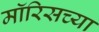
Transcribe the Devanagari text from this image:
मॉरिसच्या